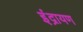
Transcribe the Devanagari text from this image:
इंद्रायण